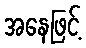
အနေဖြင့်